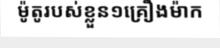
ម៉ូតូរបស់ខ្លួន១គ្រឿងម៉ាក